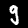
Digit: 9